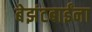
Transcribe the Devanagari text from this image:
बेझंटबाईंना